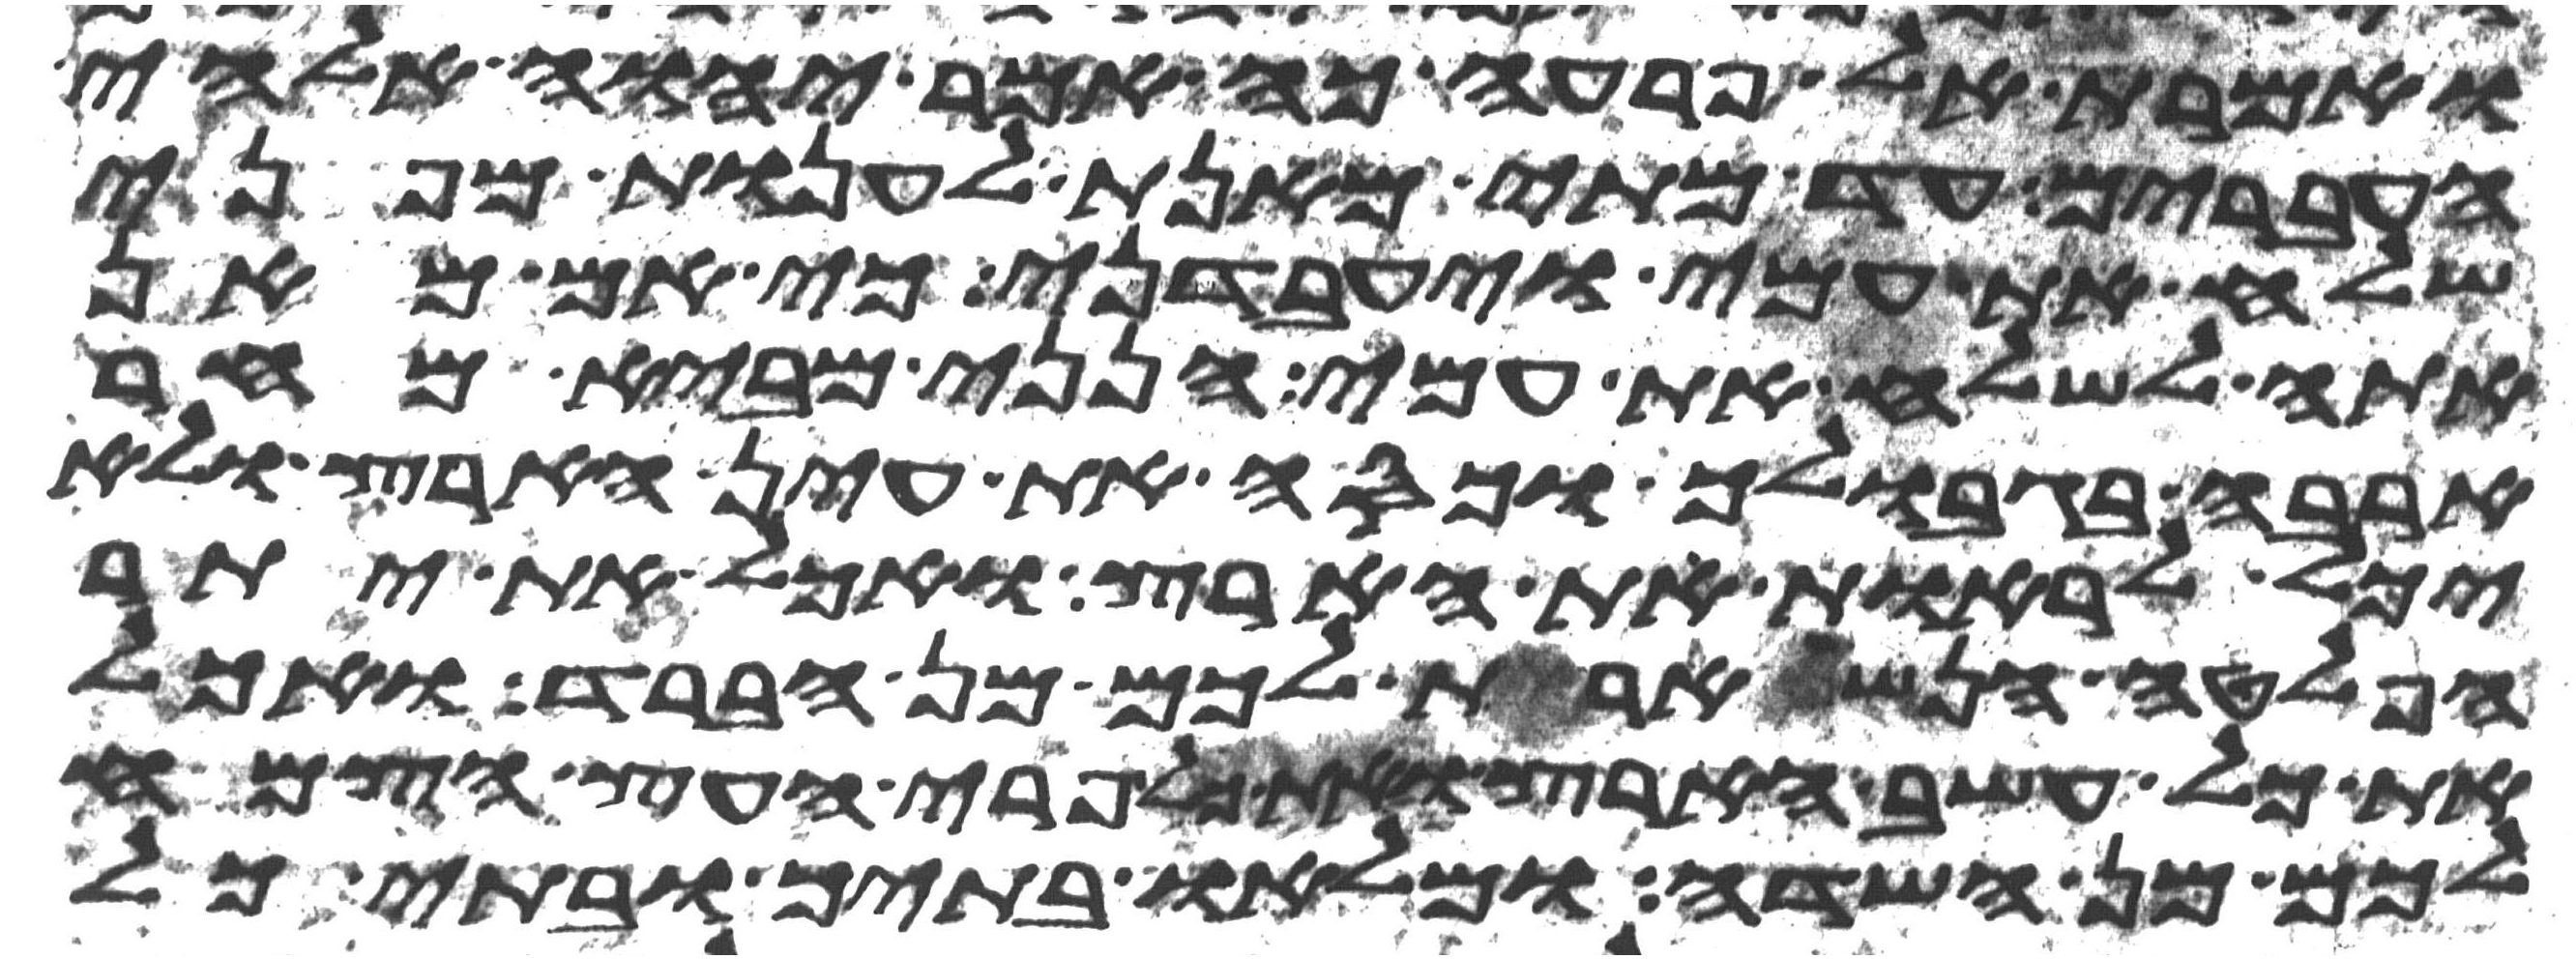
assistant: ואמרת אל פרעה כה אמר יהוה אלהי
העברים עד מתי מאנת לענות מפני
שלח את עמי ויעבדני כי אם מאן
אתה לשלח את עמי הנני מביא מחר
ארבה בגבולך וכסה את עין הארץ ולא
יכל לראות את הארץ ואכל את יתר
הפלטה הנשארת לכם מן הברד ואכל
את כל עשב הארץ ואת כל פרי העץ הצמח
לכם מן השדה ומלאו בתיך ובתי כל